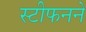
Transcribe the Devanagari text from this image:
स्टीफनने